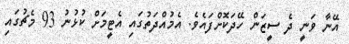
އޭނާ ވަނީ ދެ ސީޒަން ހޭދަކޮށްފައެވެ. އެމުއްދަތުގައި އެޓީމަށް ކުޅުނު 93 މެޗުގައި